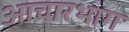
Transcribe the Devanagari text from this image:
आचारभाग